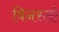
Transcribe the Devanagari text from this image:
विनस्‍लो